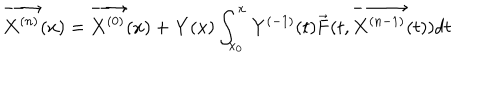
LaTeX: \overrightarrow { { \bf X } ^ { ( n ) } } ( x ) = \overrightarrow { { \bf X } ^ { ( 0 ) } } ( x ) + { \bf Y } ( x ) \int _ { x _ { 0 } } ^ { x } { \bf Y } ^ { ( - 1 ) } ( t ) \overrightarrow { { \bf F } } ( t , \overrightarrow { { \bf X } ^ { ( n - 1 ) } } ( t ) ) d t